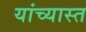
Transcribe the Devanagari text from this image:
यांच्यास्त